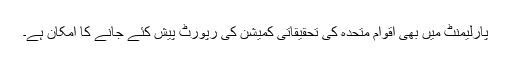
پارلیمنٹ میں بھی اقوام متحدہ کی تحقیقاتی کمیشن کی رپورٹ پیش کئے جانے کا امکان ہے۔